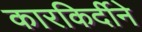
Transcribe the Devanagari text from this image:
कारकिर्दीने